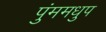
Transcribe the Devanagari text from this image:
पुंममधुप